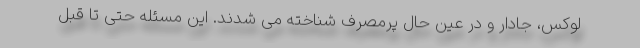
لوکس، جادار و در عین حال پرمصرف شناخته می شدند. این مسئله حتی تا قبل